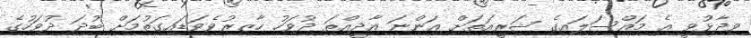
ވިދާޅުވީ އެ މައްސަލައިގެ ޝަރީއަތަށް އަންނަ އާދީއްތަ ދުވަހު ހާޒިރުވެވަޑައިގަތުމަށް ބުދަ ދުވަހުގެ